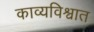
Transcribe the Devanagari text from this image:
काव्यविश्वात